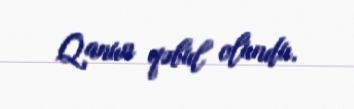
Qanun qəbul olundu.